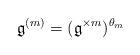
LaTeX: \begin{align*}\mathfrak{g}^{(m)}=(\mathfrak{g}^{\times m})^{\theta_m}\end{align*}